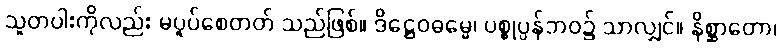
သူတပါးကိုလည်း မပူပ်စေတတ် သည်ဖြစ်။ ဒိဋ္ဌေဝဓမ္မေ၊ ပစ္စုပ္ပန်ဘဝ၌ သာလျှင်။ နိစ္ဆာတော၊